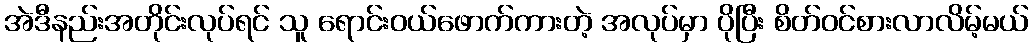
အဲဒီနည်းအတိုင်းလုပ်ရင် သူ ရောင်းဝယ်ဖောက်ကားတဲ့ အလုပ်မှာ ပိုပြီး စိတ်ဝင်စားလာလိမ့်မယ်